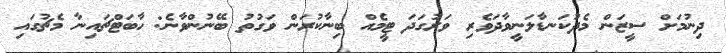
ދިނުމަށް ސީޒަން މެދުކަނޑާލަނީވާދަވެރި ވަރުގަދަ ޓީމެއް ބިނާކުރަން ވަގުތު ބޭނުންވާނެ: ހާބަޓްޗައިނާ މެޗުގައި